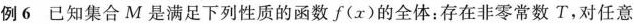
例6 已知集合M是满足下列性质的函数f ( x )的全体：存在非零常数T，对任意